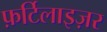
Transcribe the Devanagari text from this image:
फ़र्टिलाइज़र